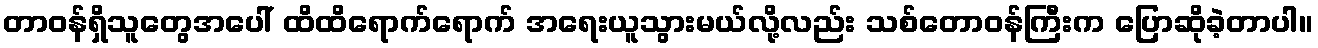
တာဝန်ရှိသူတွေအပေါ် ထိထိရောက်ရောက် အရေးယူသွားမယ်လို့လည်း သစ်တောဝန်ကြီးက ပြောဆိုခဲ့တာပါ။